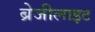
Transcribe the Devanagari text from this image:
ब्रेजीलाइट